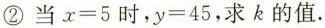
②当$$x=5$$时，$$y=45$$，求k的值.